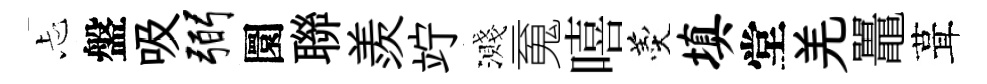
忐盤吸弼圜聯羨竚濺䰟嘻羹填堂羌鼉葺